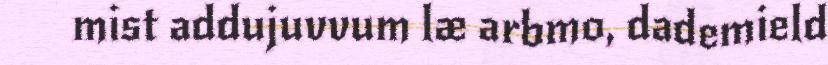
mist addujuvvum læ arbmo, dademield